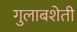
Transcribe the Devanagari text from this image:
गुलाबशेती